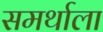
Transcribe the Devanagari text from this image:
समर्थाला